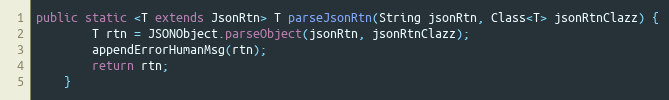
Language: Java
public static <T extends JsonRtn> T parseJsonRtn(String jsonRtn, Class<T> jsonRtnClazz) {
        T rtn = JSONObject.parseObject(jsonRtn, jsonRtnClazz);
        appendErrorHumanMsg(rtn);
        return rtn;
    }